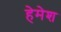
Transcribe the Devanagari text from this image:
हेमेश